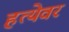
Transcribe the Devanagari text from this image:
हत्येवर